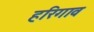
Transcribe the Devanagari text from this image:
हरिगाव